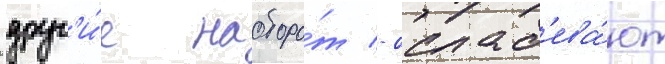
друг'и́е наоборо́т - ослаб'ева́ют